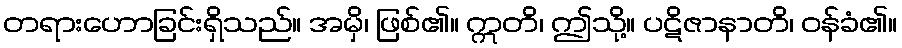
တရားဟောခြင်းရှိသည်။ အမှိ၊ ဖြစ်၏။ ဣတိ၊ ဤသို့။ ပဋိဇာနာတိ၊ ဝန်ခံ၏။